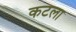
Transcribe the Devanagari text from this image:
कटला